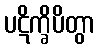
ပဋိက္ခိပိတွာ